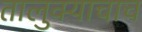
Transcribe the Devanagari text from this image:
तालुक्याचाच